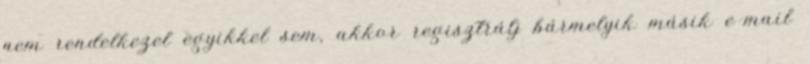
nem rendelkezel egyikkel sem, akkor regisztrálj bármelyik másik e-mail